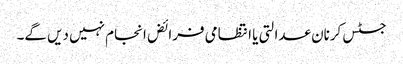
جسٹس کرنان عدالتی یا انتظامی فرائض انجام نہیں دیں گے۔